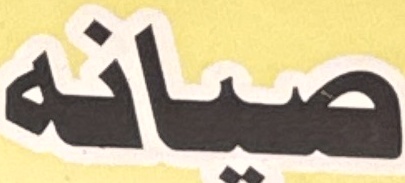
صيانه